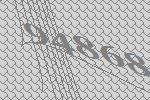
94868